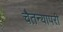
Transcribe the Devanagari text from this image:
चैतन्यापरी